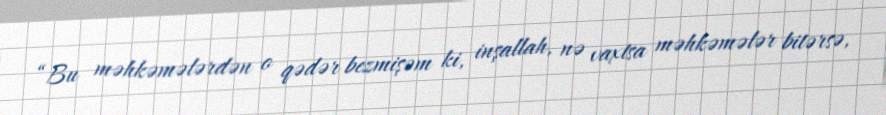
“Bu məhkəmələrdən o qədər bezmişəm ki, inşallah, nə vaxtsa məhkəmələr bitərsə,